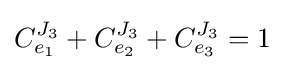
C_{e_{1}}^{J_{3}}+C_{e_{2}}^{J_{3}}+C_{e_{3}}^{J_{3}}=1